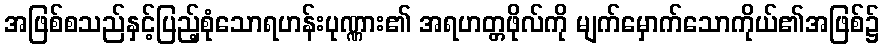
အဖြစ်စသည်နှင့်ပြည့်စုံသောရဟန်းပုဏ္ဏား၏ အရဟတ္တဖိုလ်ကို မျက်မှောက်သောကိုယ်၏အဖြစ်၌